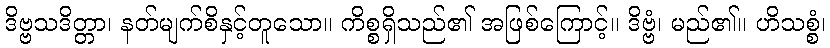
ဒိဗ္ဗသဒိတ္တာ၊ နတ်မျက်စိနှင့်တူသော။ ကိစ္စရှိသည်၏ အဖြစ်ကြောင့်။ ဒိဗ္ဗံ၊ မည်၏။ ဟိသစ္စံ၊